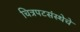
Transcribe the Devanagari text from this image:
चित्रपटसंस्थेचे